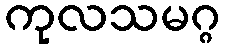
ကုလသမဂ္ဂ